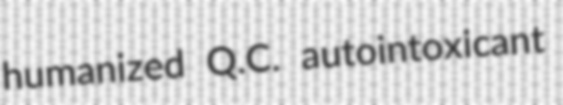
humanized Q.C. autointoxicant